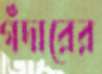
গঁদারের